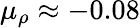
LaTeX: \mu_{\rho}\approx-0.08